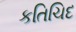
કતિચિદ